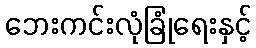
ဘေးကင်းလုံခြုံရေးနှင့်